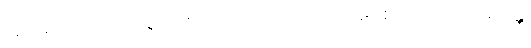
အဟိရိကဘာဝံ၊ အရှက်အကြောက်ကင်းသော အဖြစ်ကို။ ပါတုကရောန္တိ၊